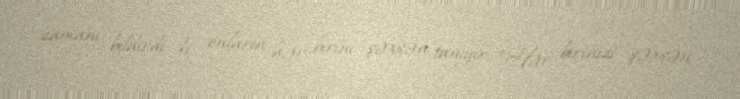
zamanı bildirdi ki, onların hər birini şəxsən tanıyır: “Hər birinizi şəxsən